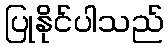
ပြုနိုင်ပါသည်